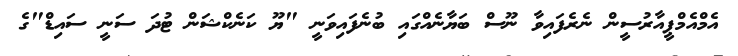
އެމްއެމްޕީއާރުސީން ނެރެފައިވާ ނޫސް ބަޔާނެއްގައި ބުނެފައިވަނީ "ޔޫ ކަނެކްޝަން ޓުދަ ސަނީ ސައިޑް"ގެ